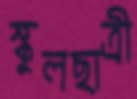
স্কুলছাত্রী